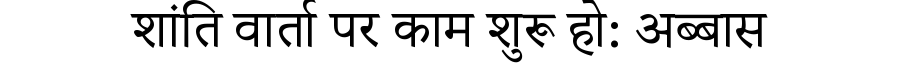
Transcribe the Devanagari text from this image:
शांति वार्ता पर काम शुरू हो: अब्बास